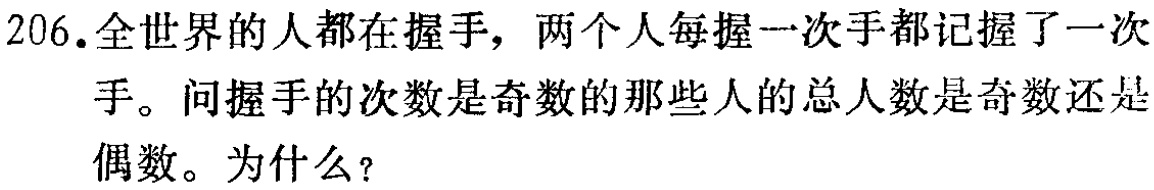
206.全世界的人都在握手，两个人每握一次手都记握了一次手。问握手的次数是奇数的那些人的总人数是奇数还是偶数。为什么？